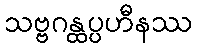
သဗ္ဗဂန္ထပ္ပဟီနဿ